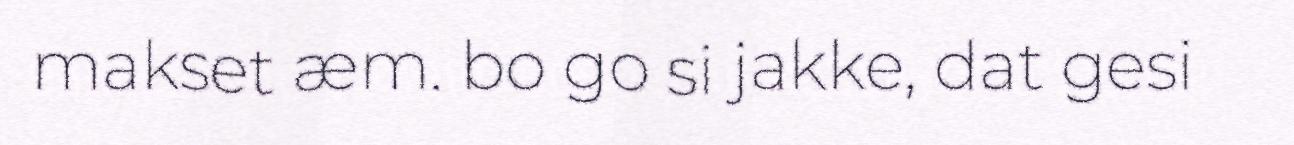
makset æm. bo go si jakke, dat gesi